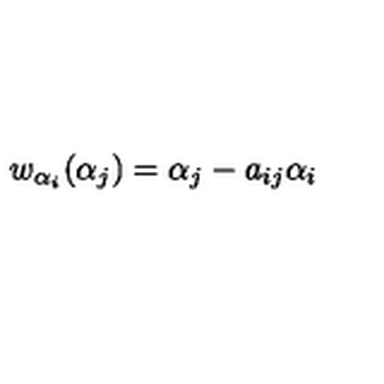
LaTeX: w _ { \alpha _ { i } } ( \alpha _ { j } ) = \alpha _ { j } - a _ { i j } \alpha _ { i }